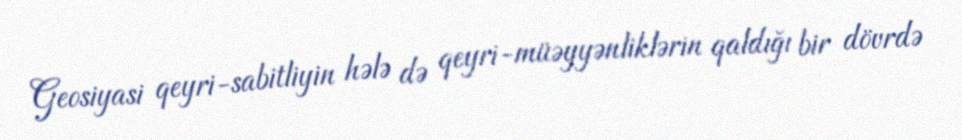
Geosiyasi qeyri-sabitliyin hələ də qeyri-müəyyənliklərin qaldığı bir dövrdə